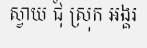
ស្វាយ ជុំ ស្រុក អង្គរ